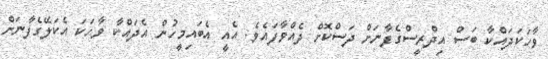
ވާހަކަދައްކާ ބަސް އިދްރީސްގެފާނަށް ދަސްކޮށް ދެއްވާފައެވެ. އެއީ އެބައިމީހުން އެދައްކާ ވާހަކަ އެކަލޭގެފާނަށް